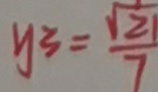
y _ { 3 } = \frac { \sqrt { 2 1 } } { 7 }